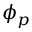
\phi _ { p }